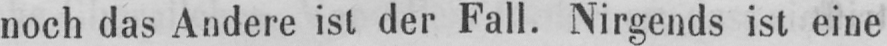
noch das Andere ist der Fall. Nirgends ist eine